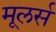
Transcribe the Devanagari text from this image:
मूलर्स